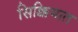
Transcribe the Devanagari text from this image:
सिक्किमात